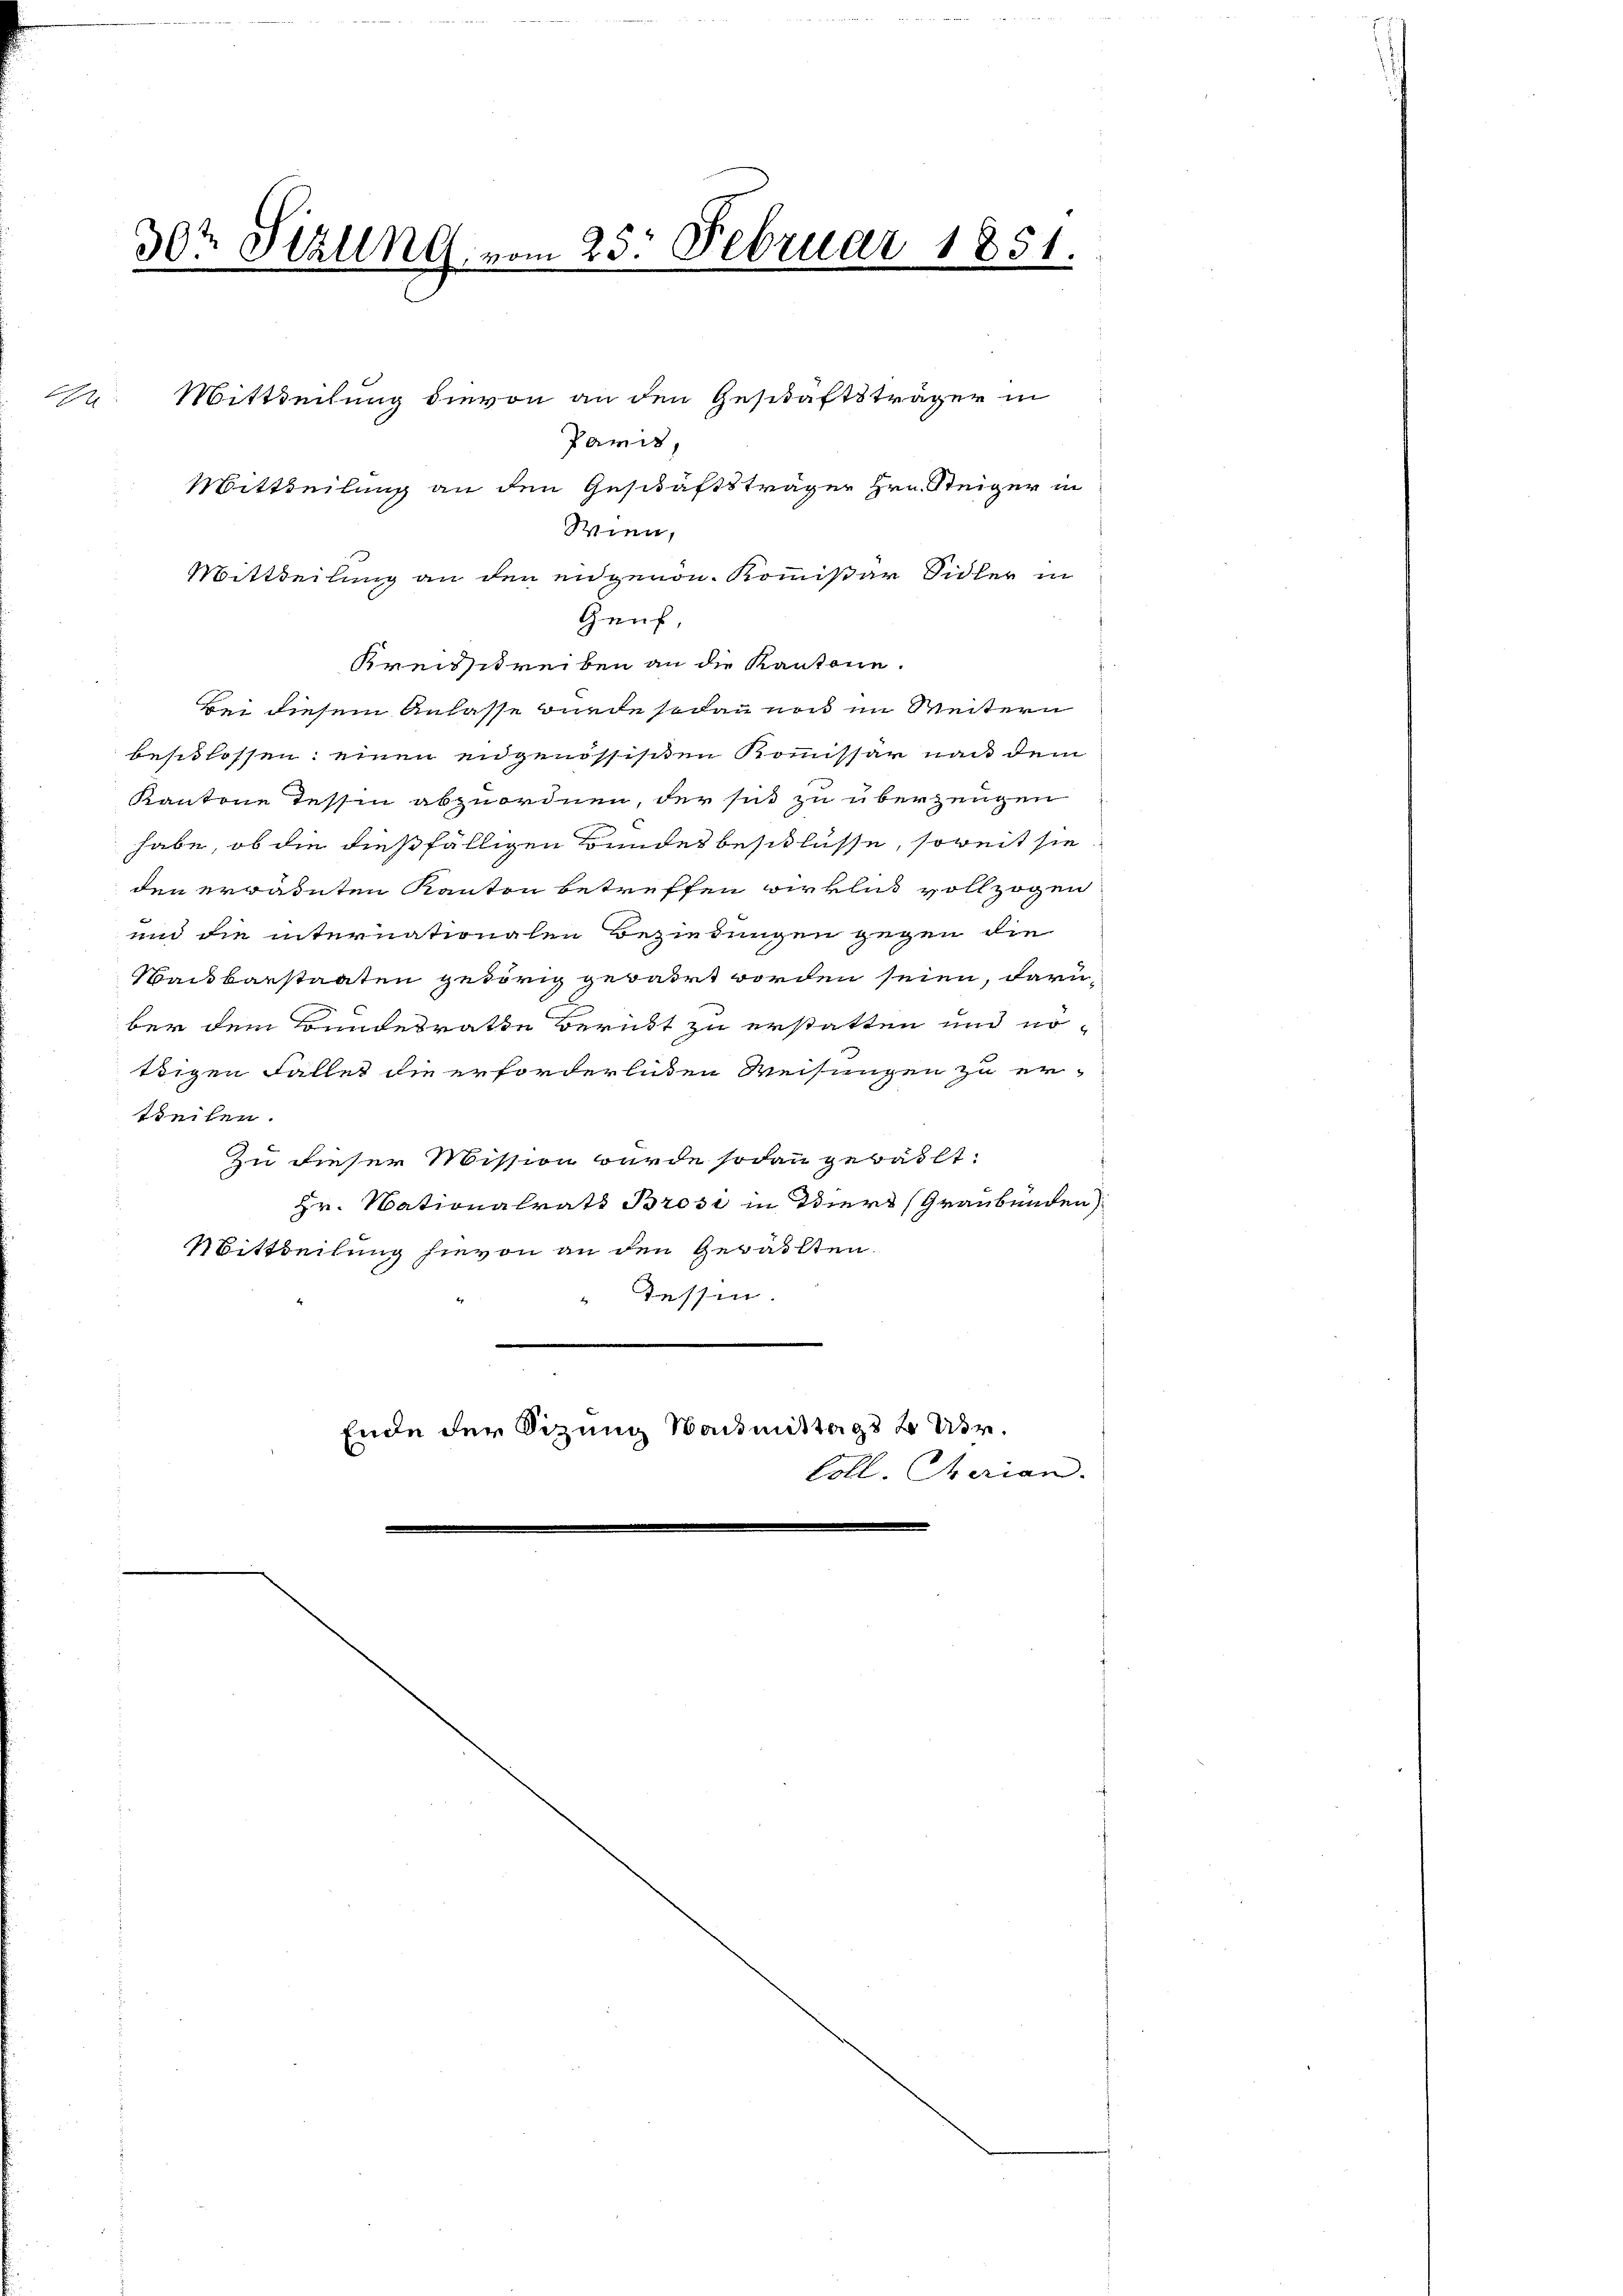
30t Sizung vom 25. Februar 1851.
e
Mittheilung dievon an den Geschäftsträger in
A
Paris,
Mittheilung an den Geschäftsträger Hrn. Steiger in
Wien,

Genf
Kreisschreiben an die Kantone.
bei diesem Anlasse wurde sodann nach im Weitern
beschlossen: einen engenössischen Kommissär nach dem
Kantone Tessin abzuordnen, der sit zu überzeugen
habe, ob die dießfälligen Bundesbeschlüsse, soweit sie
den erwähnten Kanton betreffen wirklich vollzogen
und die internationalen Beziehungen gegen die
sackbarstaaten gedörig gewahrt worden seien, darüber dem Bundesrathe verübt zu erstatten und nottigen Fallet die erforderlichen Weisungen zu er-
tteilen.
Zu dieser Mission wurde sodann gewählt:
Hr. Nationalrats Brosi in Tiers (Graubünden
Mittheilung hievon an den Gewählten.
" dessen.
.
Ende der Sitzung Waidmittags 8 Uhr.
Coll. Cherian.

Mittheilung an den eidgenom. Kommißär Sidler in